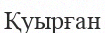
Қуырған